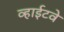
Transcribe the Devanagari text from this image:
व्हाईटवे